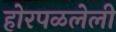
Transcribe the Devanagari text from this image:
होरपळलेली